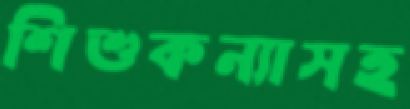
শিশুকন্যাসহ